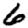
Digit: 6